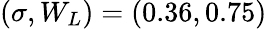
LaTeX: \left(\sigma,W_{L}\right)=\left(0.36,0.75\right)